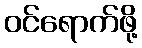
ဝင်ရောက်ဖို့